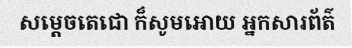
សម្តេចតេជោ ក៏សូមអោយ អ្នកសារព័ត៌